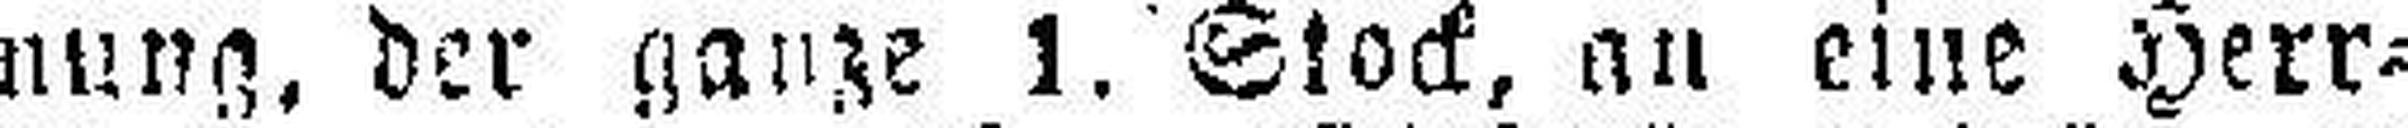
nung, der ganze 1. Stock, au eine Herr¬